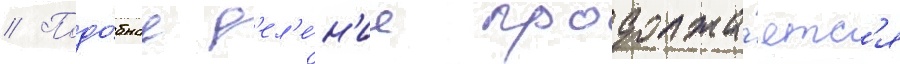
// Подо́бное д'ел'е́н'ие продолжа́етс'я